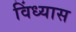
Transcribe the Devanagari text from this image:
विंध्यास